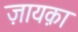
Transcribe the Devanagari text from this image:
ज़ायक़ा